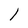
Character: 1